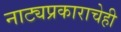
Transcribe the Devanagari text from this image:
नाट्यप्रकाराचेही